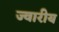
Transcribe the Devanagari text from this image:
ज्‍वारीय